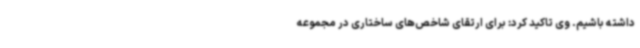
داشته باشیم. وی تاکید کرد: برای ارتقای شاخص‌های ساختاری در مجموعه